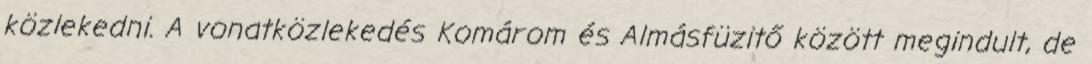
közlekedni. A vonatközlekedés Komárom és Almásfüzitő között megindult, de